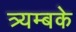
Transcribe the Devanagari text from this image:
त्र्यम्बके